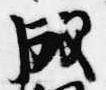
成